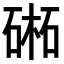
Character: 𣗁